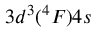
3 d ^ { 3 } ( ^ { 4 } F ) 4 s